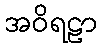
အဝိရဠာ